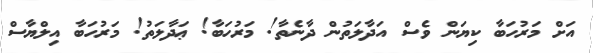
އަށް މަރުހަބާ ކިޔަން ވެސް އަދާލަތުން ދާނެތާ! މަރުހަބާ! ޢަދާލަތު! މަރުހަބާ އިލްޔާސް